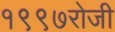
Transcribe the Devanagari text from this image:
१९९७रोजी